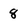
Character: 8